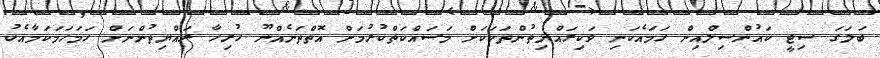
ބަލަގަ ސިޓީ ކައުންސިލްއިން ހަމައެކަނި ވަކިރައްޔިތުންތަކަކަށް މަސައްކަތްކުރުމަށް އޮތްތަނެއްނޫ ހުރިހާ ރައްޔިތުންނަށް ހަމަހަމަކަމާއެކު